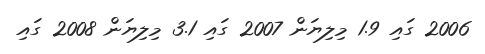
2006 ގައި 1.9 މިލިޔަން 2007 ގައި 3.1 މިލިޔަން 2008 ގައި